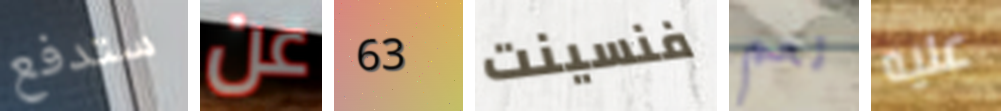
ستدفع عن 63 فنسينت نعم عليه